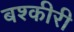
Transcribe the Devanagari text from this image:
बश्कीरी